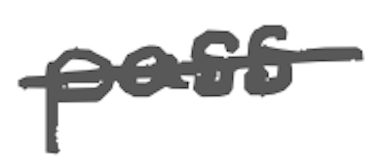
Text: pass
Cross-out: mix
Writing tool: digital_gray